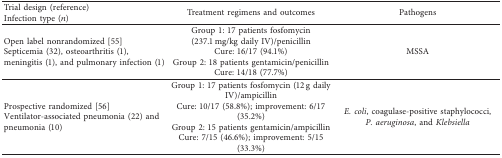
| Trial design (reference)Infection type (n) | Treatment regimens and outcomes | Pathogens |
 | --- | --- | --- |
 | Open label nonrandomized [55]Septicemia (32), osteoarthritis (1), meningitis (1), and pulmonary infection (1) | Group 1: 17 patients fosfomycin (237.1 mg/kg daily IV)/penicillinCure: 16/17 (94.1%)Group 2: 18 patients gentamicin/penicillinCure: 14/18 (77.7%) | MSSA |
 | Prospective randomized [56]Ventilator-associated pneumonia (22) and pneumonia (10) | Group 1: 17 patients fosfomycin (12 g daily IV)/ampicillinCure: 10/17 (58.8%); improvement: 6/17 (35.2%)Group 2: 15 patients gentamicin/ampicillinCure: 7/15 (46.6%); improvement: 5/15 (33.3%) | E. coli, coagulase-positive staphylococci, P. aeruginosa, and Klebsiella |